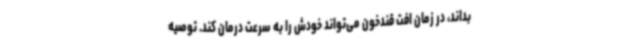
بداند، در زمان افت قندخون می‌تواند خودش را به سرعت درمان کند. توصیه